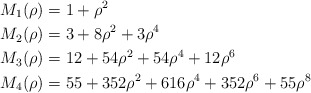
\begin{align*} M_1(\rho) &= 1+\rho^2 \\ M_2(\rho) &= 3+8\rho^2+3\rho^4 \\ M_3(\rho) &= 12 + 54 \rho^2 + 54 \rho^4 + 12 \rho^6 \\ M_4(\rho) &= 55 + 352\rho^2 + 616 \rho^4 +352 \rho^6 + 55 \rho^8 \end{align*}